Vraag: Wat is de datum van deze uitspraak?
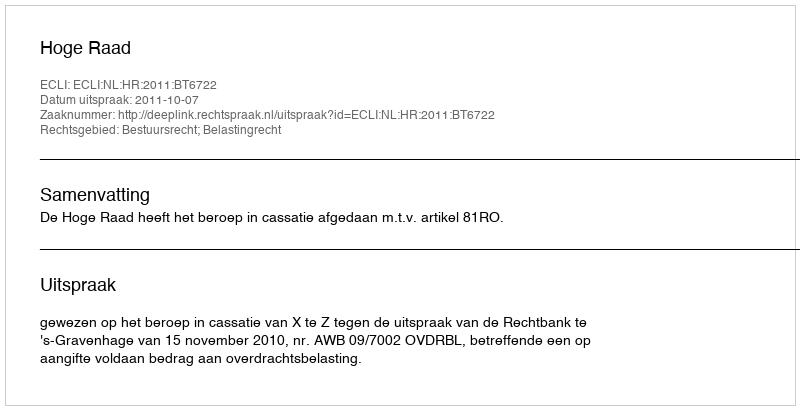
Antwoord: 2011-10-07